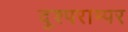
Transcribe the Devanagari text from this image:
दुश्पराम्पर